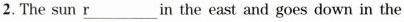
2. The sun \underline{r} in the east and goes down in the